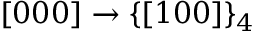
[ 0 0 0 ] \rightarrow \{ [ 1 0 0 ] \} _ { 4 }